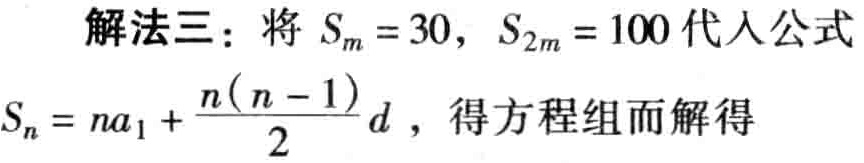
解法三：将 \(S_{m}=30\)，\(S_{2m}=100\) 代入公式

\(S_{n}=na_{1}+\frac{n(n - 1)}{2}d\)，得方程组而解得